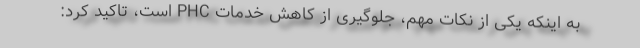
به اینکه یکی از نکات مهم، جلوگیری از کاهش خدمات PHC است، تاکید کرد: